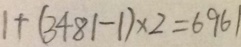
1 + ( 3 4 8 1 - 1 ) \times 2 = 6 9 6 1